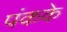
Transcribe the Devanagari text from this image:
पंकके